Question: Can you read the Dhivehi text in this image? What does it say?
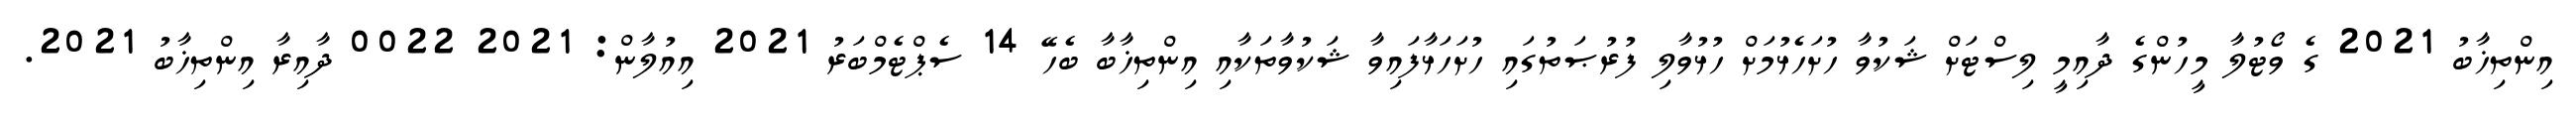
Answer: އިންތިޚާބު 2021 ގެ ވޯޓުލާ މީހުންގެ ދާއިމީ ލިސްޓަށް ޝަކުވާ ހުށަހެޅުމަށް ހުޅުވާލި ފުރުޞަތުގައި ހުށަހަޅާފައިވާ ޝަކުވާތަކާއި އިންތިޚާބާ ބެހޭ 14 ސެޕްޓެމްބަރު 2021 އިއުލާން: 2021 0022 ދާއިރާ އިންތިޚާބު 2021.